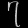
Digit: ၇